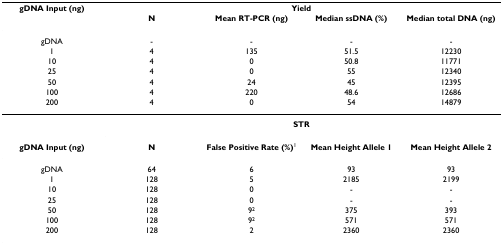
<table><thead><tr><td><b>gDNA Input (ng)</b></td><td colspan="4"><b>Yield</b></td></tr><tr><td></td><td><b>N</b></td><td><b>Mean RT-PCR (ng)</b></td><td><b>Median ssDNA (%)</b></td><td><b>Median total DNA (ng)</b></td></tr></thead><tbody><tr><td>gDNA</td><td>-</td><td>-</td><td>-</td><td>-</td></tr><tr><td>1</td><td>4</td><td>135</td><td>51.5</td><td>12230</td></tr><tr><td>10</td><td>4</td><td>0</td><td>50.8</td><td>11771</td></tr><tr><td>25</td><td>4</td><td>0</td><td>55</td><td>12340</td></tr><tr><td>50</td><td>4</td><td>24</td><td>45</td><td>12395</td></tr><tr><td>100</td><td>4</td><td>220</td><td>48.6</td><td>12686</td></tr><tr><td>200</td><td>4</td><td>0</td><td>54</td><td>14879</td></tr><tr><td></td><td colspan="4"><b>STR</b></td></tr><tr><td><b>gDNA Input (ng)</b></td><td><b>N</b></td><td><b>False Positive Rate (%)</b><sup>1</sup></td><td><b>Mean Height Allele 1</b></td><td><b>Mean Height Allele 2</b></td></tr><tr><td>gDNA</td><td>64</td><td>6</td><td>93</td><td>93</td></tr><tr><td>1</td><td>128</td><td>5</td><td>2185</td><td>2199</td></tr><tr><td>10</td><td>128</td><td>0</td><td>-</td><td>-</td></tr><tr><td>25</td><td>128</td><td>0</td><td>-</td><td>-</td></tr><tr><td>50</td><td>128</td><td>9<sup>2</sup></td><td>375</td><td>393</td></tr><tr><td>100</td><td>128</td><td>9<sup>2</sup></td><td>571</td><td>571</td></tr><tr><td>200</td><td>128</td><td>2</td><td>2360</td><td>2360</td></tr></tbody></table>